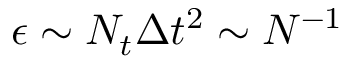
\epsilon \sim N _ { t } \Delta t ^ { 2 } \sim N ^ { - 1 }